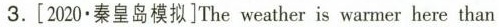
3.[2020·秦皇岛模拟]The weather is warmer here than